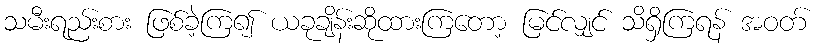
သမီးရည်းစား ဖြစ်ခဲ့ကြ၍ ယခုချိန်းဆိုထားကြတော့ မြင်လျှင် သိရှိကြရန် အဝတ်